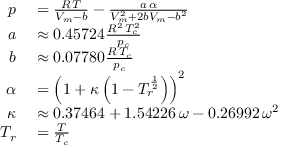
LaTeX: \begin{array} { r l } { p } & { { } = { \frac { R \, T } { V _ { m } - b } } - { \frac { a \, \alpha } { V _ { m } ^ { 2 } + 2 b V _ { m } - b ^ { 2 } } } } \\ { a } & { { } \approx 0 . 4 5 7 2 4 { \frac { R ^ { 2 } \, T _ { c } ^ { 2 } } { p _ { c } } } } \\ { b } & { { } \approx 0 . 0 7 7 8 0 { \frac { R \, T _ { c } } { p _ { c } } } } \\ { \alpha } & { { } = \left( 1 + \kappa \left( 1 - T _ { r } ^ { \frac { 1 } { 2 } } \right) \right) ^ { 2 } } \\ { \kappa } & { { } \approx 0 . 3 7 4 6 4 + 1 . 5 4 2 2 6 \, \omega - 0 . 2 6 9 9 2 \, \omega ^ { 2 } } \\ { T _ { r } } & { { } = { \frac { T } { T _ { c } } } } \end{array}